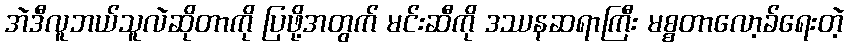
အဲဒီလူဘယ်သူလဲဆိုတာကို ပြဖို့အတွက် မင်းဆီကို ဒဿနဆရာကြီး မစ္စတာလော့ခ်ရေးတဲ့